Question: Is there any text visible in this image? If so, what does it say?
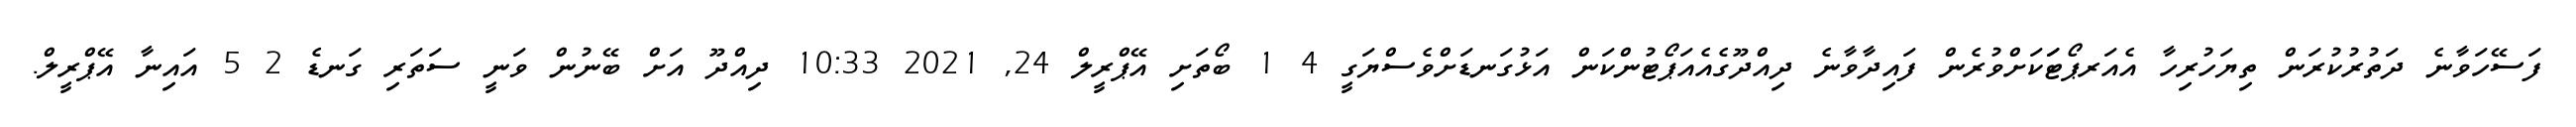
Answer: ފަސޭހަވާނެ ދަތުރުކުރަން ތިޔަހުރިހާ އެއަރޕޯޓަަކަށްވުރެން ފައިދާވާނެ ދިއްދޫގެއެއަޕޯޓުންކަން އަޅުގަނޑަށްވެސްޔަގީ 4 1 ބޯތަށި އޭޕްރީލް 24, 2021 10:33 ދިއްދޫ އަށް ބޭނުން ވަނީ ސަތަރި ގަނޑެ 2 5 އައިނާ އޭޕްރީލް.